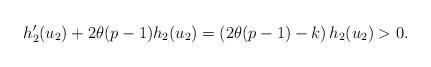
LaTeX: \begin{align*} h_2'(u_2)+2 \theta (p-1)h_2(u_2) = \left( 2 \theta (p-1)-k\right)h_2(u_2) > 0.\end{align*}